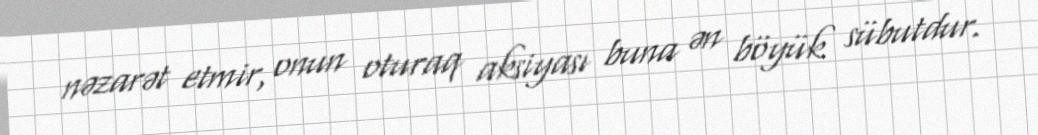
nəzarət etmir, onun oturaq aksiyası buna ən böyük sübutdur.